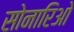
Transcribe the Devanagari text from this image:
सोनारिओ